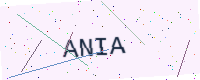
Text: ANIA